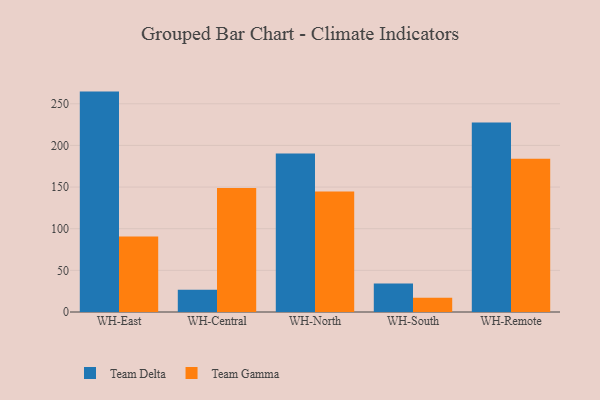
{"axis": {"x": "Warehouse", "y": "Temperature (°C)"}, "legend": ["Team Delta", "Team Gamma"], "data": [{"x": "WH-East", "y": 264.6, "type": "Team Delta"}, {"x": "WH-East", "y": 90.6, "type": "Team Gamma"}, {"x": "WH-Central", "y": 26.7, "type": "Team Delta"}, {"x": "WH-Central", "y": 148.9, "type": "Team Gamma"}, {"x": "WH-North", "y": 190.2, "type": "Team Delta"}, {"x": "WH-North", "y": 144.7, "type": "Team Gamma"}, {"x": "WH-South", "y": 34.1, "type": "Team Delta"}, {"x": "WH-South", "y": 17.0, "type": "Team Gamma"}, {"x": "WH-Remote", "y": 227.5, "type": "Team Delta"}, {"x": "WH-Remote", "y": 184.0, "type": "Team Gamma"}]}